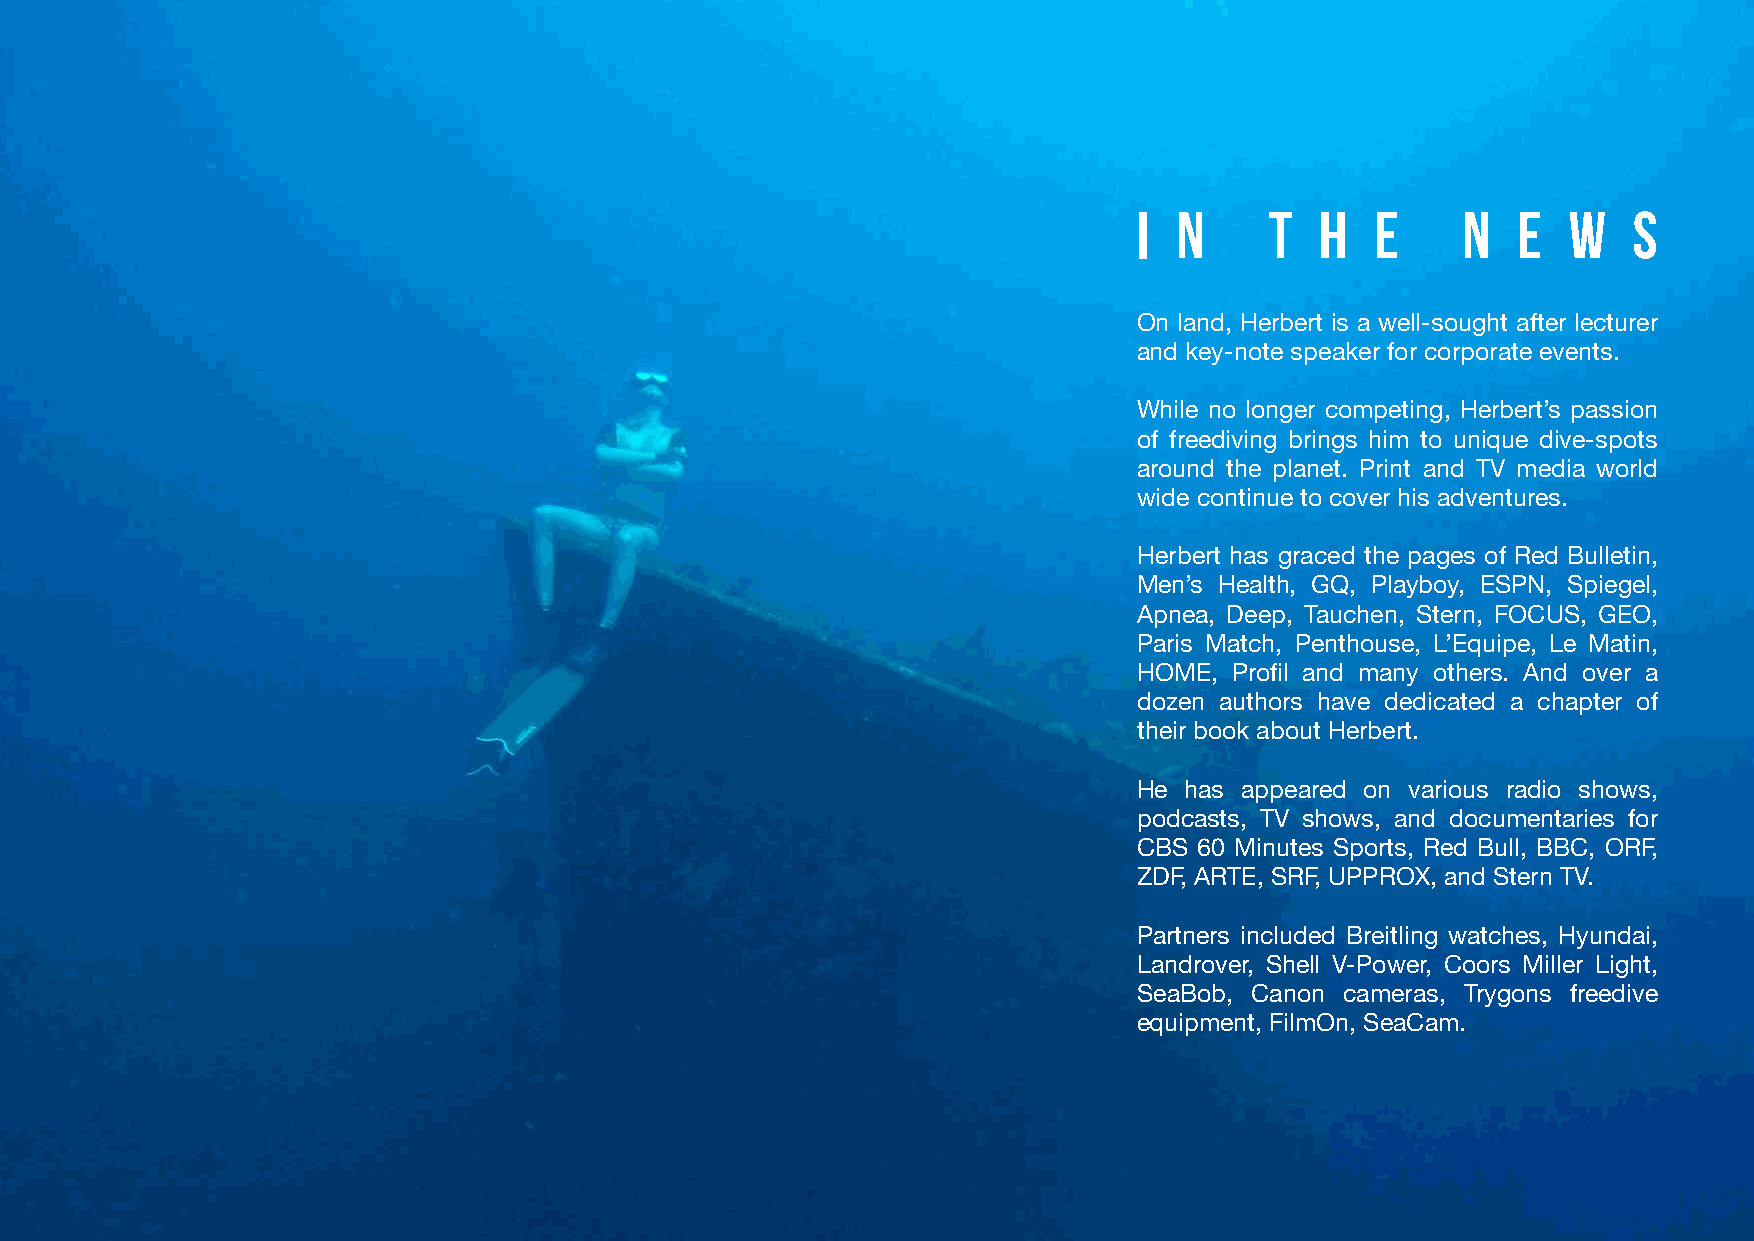
I  N     T  H   E     N  E   W   S
 On land, Herbert is a well-sought after lecturer
 and key-note speaker for corporate events.
 While no longer competing, Herbert’s passion
 of freediving brings him to unique dive-spots
 around the planet. Print and TV media world
 wide continue to cover his adventures.
 Herbert has graced the pages of Red Bulletin,
 Men’s Health, GQ, Playboy, ESPN, Spiegel,
 Apnea, Deep, Tauchen, Stern, FOCUS, GEO,
 Paris Match, Penthouse, L’Equipe, Le Matin,
 HOME,  Profil and many others. And over a
 dozen authors have dedicated a chapter of
 their book about Herbert.
 He has appeared on various radio shows,
 podcasts, TV shows, and documentaries for
 CBS 60 Minutes Sports, Red Bull, BBC, ORF,
 ZDF, ARTE, SRF, UPPROX, and Stern TV.
 Partners included Breitling watches, Hyundai,
 Landrover, Shell V-Power, Coors Miller Light,
 SeaBob, Canon cameras, Trygons freedive
 equipment, FilmOn, SeaCam.